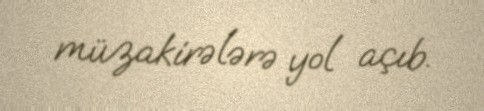
müzakirələrə yol açıb.